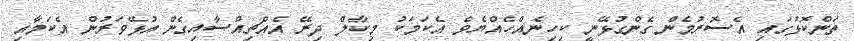
ތަންކޮޅުގައި އެސޮރުމެން ގެންގުޅޭނީ ކިހިނެއްހެއްޔެވެ އެކަމަކު މިކާލް ދިރޭ އެއްޗިއްސާއިގެން އުޅޭވަރުން އެކަމާއި